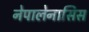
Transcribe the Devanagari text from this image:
नेपालेनासिस